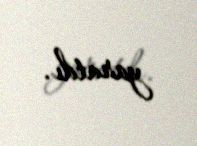
yaratdı.